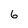
Character: 6